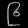
Digit: ၉